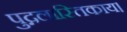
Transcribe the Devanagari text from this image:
पुद्गलास्तिकाय।